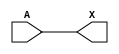
module sky130_fd_sc_lp__dlygate4s50_6 (
    X,
    A
);
    output X;
    input  A;
    wire buf0_out_X;
    buf buf0 (buf0_out_X, A              );
    buf buf1 (X         , buf0_out_X     );
endmodule